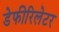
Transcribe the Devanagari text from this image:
डेफीरिलेटर